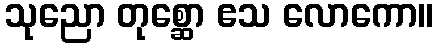
သုညော တုစ္ဆော ဧသ လောကော။